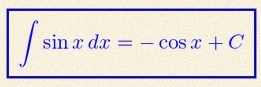
\int \sin x\,dx=-\cos x+C